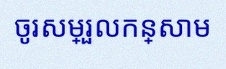
ចូរសម្រួលកន្សោម